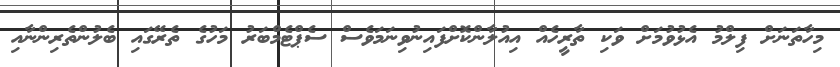
މިހާތަނަށް ފިލްމު އެޅުވުމަށް ވަކި ތާރީހެއް އިއުލާންކޮށްފައިނުވިނަމަވެސް ސެޕްޓެމްބަރު މަހުގެ ތެރޭގައި ބެލުންތެރިންނާއި